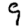
Digit: 9